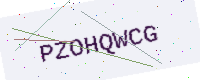
Text: PZOHQWCG